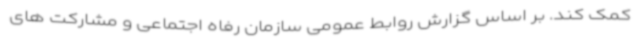
کمک کند. بر اساس گزارش روابط عمومی سازمان رفاه اجتماعی و مشارکت های